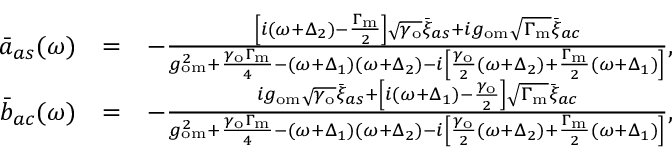
\begin{array} { r l r } { \bar { a } _ { a s } ( \omega ) } & { = } & { - \frac { \left[ i ( \omega + \Delta _ { 2 } ) - \frac { \Gamma _ { \mathrm { m } } } { 2 } \right] \sqrt { \gamma _ { \mathrm { o } } } \bar { \xi } _ { a s } + i g _ { \mathrm { o m } } \sqrt { \Gamma _ { \mathrm { m } } } \bar { \xi } _ { a c } } { g _ { \mathrm { o m } } ^ { 2 } + \frac { \gamma _ { \mathrm { o } } \Gamma _ { \mathrm { m } } } { 4 } - ( \omega + \Delta _ { 1 } ) ( \omega + \Delta _ { 2 } ) - i \left[ \frac { \gamma _ { \mathrm { o } } } { 2 } ( \omega + \Delta _ { 2 } ) + \frac { \Gamma _ { \mathrm { m } } } { 2 } ( \omega + \Delta _ { 1 } ) \right] } , } \\ { \bar { b } _ { a c } ( \omega ) } & { = } & { - \frac { i g _ { \mathrm { o m } } \sqrt { \gamma _ { \mathrm { o } } } \bar { \xi } _ { a s } + \left[ i ( \omega + \Delta _ { 1 } ) - \frac { \gamma _ { \mathrm { o } } } { 2 } \right] \sqrt { \Gamma _ { \mathrm { m } } } \bar { \xi } _ { a c } } { g _ { \mathrm { o m } } ^ { 2 } + \frac { \gamma _ { \mathrm { o } } \Gamma _ { \mathrm { m } } } { 4 } - ( \omega + \Delta _ { 1 } ) ( \omega + \Delta _ { 2 } ) - i \left[ \frac { \gamma _ { \mathrm { o } } } { 2 } ( \omega + \Delta _ { 2 } ) + \frac { \Gamma _ { \mathrm { m } } } { 2 } ( \omega + \Delta _ { 1 } ) \right] } , } \end{array}